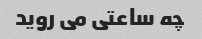
چه ساعتی می روید